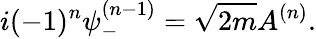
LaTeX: i(-1)^{n}\psi_{-}^{(n-1)}=\sqrt{2m}A^{(n)}.